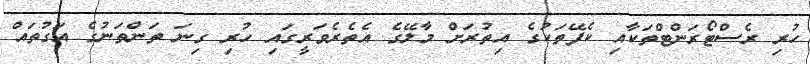
ހުރި ރެސްޓޯރަންޓްތަކާއި ކެފޭތަކުގެ އިތުރަށް މާލޭގެ އެތެރެވަރީގައި ހުރި ގިނަ ތަންތަނުގެ އަގުތައް